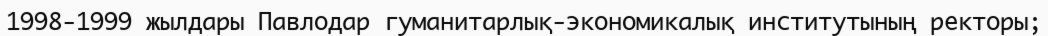
1998-1999 жылдары Павлодар гуманитарлық-экономикалық институтының ректоры;